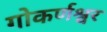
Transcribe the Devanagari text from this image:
गोकर्णश्वर